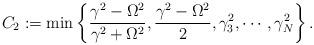
LaTeX: \begin{align*}C_2:= \min \left\{\frac{\gamma^2-\Omega^2}{\gamma^2+\Omega^2}, \frac{\gamma^2-\Omega^2}{2}, \gamma_3^2, \cdots, \gamma_N^2 \right\}.\end{align*}